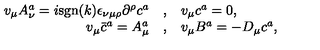
\begin{array} { r c l } { v _ { \mu } A _ { \nu } ^ { a } = i \mathrm { s g n } ( k ) { \epsilon } _ { \nu \mu \rho } { \partial } ^ { \rho } c ^ { a } } & { , } & { v _ { \mu } c ^ { a } = 0 , } \\ { v _ { \mu } { \bar { c } ^ { a } } = A _ { \mu } ^ { a } } & { , } & { v _ { \mu } B ^ { a } = - D _ { \mu } c ^ { a } , } \\ \end{array}